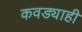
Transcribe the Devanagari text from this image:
कवड्याही